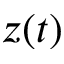
z ( t )